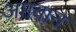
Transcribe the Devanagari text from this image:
अप्तवान